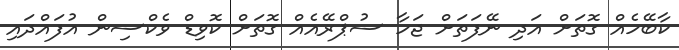
ކާބޭހެއް ގޮތަށް އަދި ނޭފަތަށް ޖަހާ ސުޕްރޭއެއް ގޮތަށް ކޮވިޑް ވެކްސިން އުފައްދައި